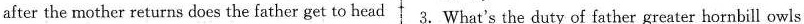
after the mother returns does the father get to head 3.What's the duty of father greater hornbill owls